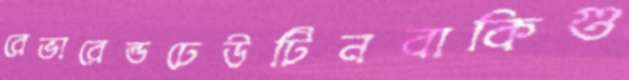
রেভারেন্ডঢেউটিনবাকিগু